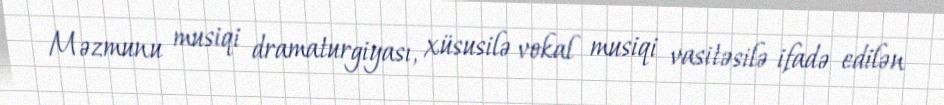
Məzmunu musiqi dramaturgiyası, xüsusilə vokal musiqi vasitəsilə ifadə edilən